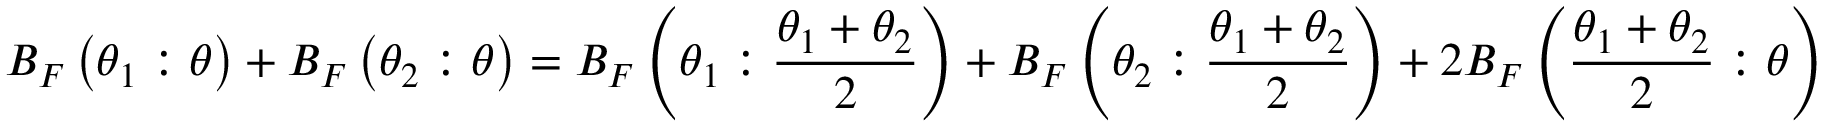
B _ { F } \left( \theta _ { 1 } : \theta \right) + B _ { F } \left( \theta _ { 2 } : \theta \right) = B _ { F } \left( \theta _ { 1 } : { \frac { \theta _ { 1 } + \theta _ { 2 } } { 2 } } \right) + B _ { F } \left( \theta _ { 2 } : { \frac { \theta _ { 1 } + \theta _ { 2 } } { 2 } } \right) + 2 B _ { F } \left( { \frac { \theta _ { 1 } + \theta _ { 2 } } { 2 } } : \theta \right)